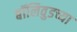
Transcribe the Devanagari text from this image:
बॉलिवुडच्या